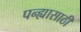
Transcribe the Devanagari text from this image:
पन्ह्यासाठी